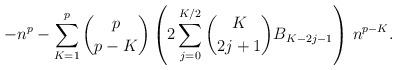
LaTeX: \begin{align*}-n^p - \sum_{K=1}^{p} \binom{p}{p-K}\left(2 \sum_{j=0}^{K/2} \binom{K}{2j+1} B_{K-2j-1}\right) \, n^{p-K}.\end{align*}